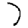
Digit: 7